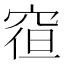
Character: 𮃿